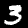
Digit: 3